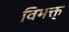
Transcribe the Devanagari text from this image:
विभक्त्